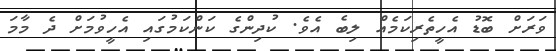
ވަރަށް ބޮޑު އެހީތެރިކަމެއް ލިބެ އެވެ. ކުދިންގެ ކަންކަމުގައި އެހީވުމަށް ދެ މާމަ